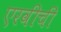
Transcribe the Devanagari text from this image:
एरवीची